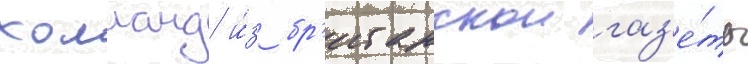
холланд и́з бр'итанскои газ'е́ты